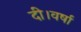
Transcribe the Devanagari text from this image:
दी।वर्षा